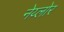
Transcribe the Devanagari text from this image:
नेय्लोर